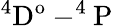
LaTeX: \mathrm{^4D^{o}-^{4}P}